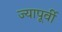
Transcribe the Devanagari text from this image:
ज्यापूर्वी